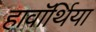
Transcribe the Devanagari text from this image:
हावॉर्थिया